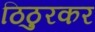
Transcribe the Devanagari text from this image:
ठिठुरकर